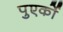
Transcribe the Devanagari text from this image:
पुएर्को